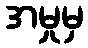
အမှုမှ